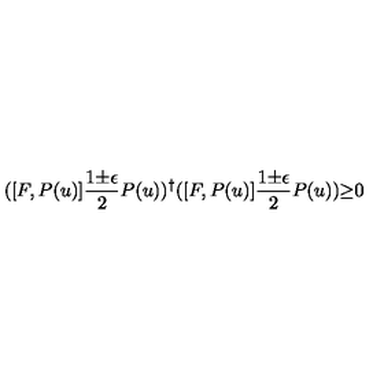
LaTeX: ( [ F , P ( u ) ] \frac { 1 { \pm } { \epsilon } } { 2 } P ( u ) ) ^ { \dagger } ( [ F , P ( u ) ] \frac { 1 { \pm } { \epsilon } } { 2 } P ( u ) ) { \geq } 0